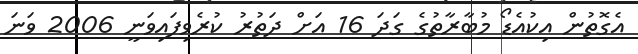
އެގޮތުން އިކުއެޑޯ މުބާރާތުގެ ގަދަ 16 އަށް ދަތުރު ކުރެވިފައިވަނީ 2006 ވަނަ